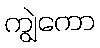
ကျွဲကော